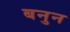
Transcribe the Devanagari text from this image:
बनुन